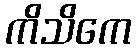
ကိသိကေ